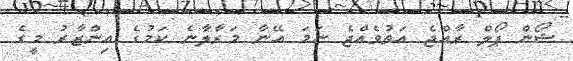
ޝޯން ޕޯލް ރާއްޖެ އަތުވެއްޖެ ނަމަ އޭނާ މަރާލާނެ ކަމުގެ އިންޒާރު މީގެ